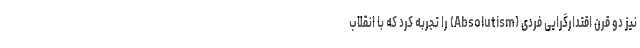
نیز دو قرن اقتدارگرایی فردی (Absolutism) را تجربه کرد که با انقلاب